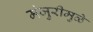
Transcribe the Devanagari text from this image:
मंजुरीमुळे